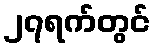
၂၇ရက်တွင်